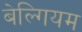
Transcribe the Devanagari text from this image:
बेल्गियम